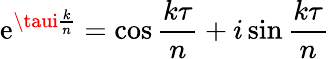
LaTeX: \mathrm{e}^{\taui{\frac{{k}}{{n}}}}=\cos{\frac{{k\tau}}{{n}}}+i\sin{\frac{{k\tau}}{{n}}}